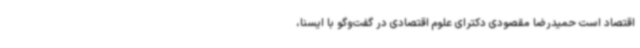
اقتصاد است حمیدرضا مقصودی دکترای علوم اقتصادی در گفت‌وگو با ایسنا،